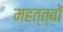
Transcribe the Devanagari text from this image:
महत्त्वों